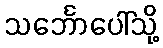
သင်္ဘောပေါ်သို့